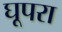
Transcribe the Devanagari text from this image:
घूपरा